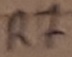
Text: R7